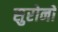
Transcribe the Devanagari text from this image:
सुरोनो